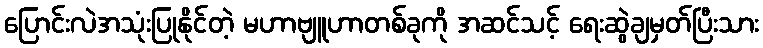
ပြောင်းလဲအသုံးပြုနိုင်တဲ့ မဟာဗျူဟာတစ်ခုကို အဆင်သင့် ရေးဆွဲချမှတ်ပြီးသား